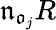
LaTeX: \mathfrak{n}_{\mathfrak{o}_{j}}R